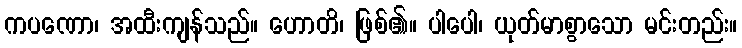
ကပဏော၊ အထီးကျန်သည်။ ဟောတိ၊ ဖြစ်၏။ ပါပေါ၊ ယုတ်မာစွာသော မင်းတည်း။